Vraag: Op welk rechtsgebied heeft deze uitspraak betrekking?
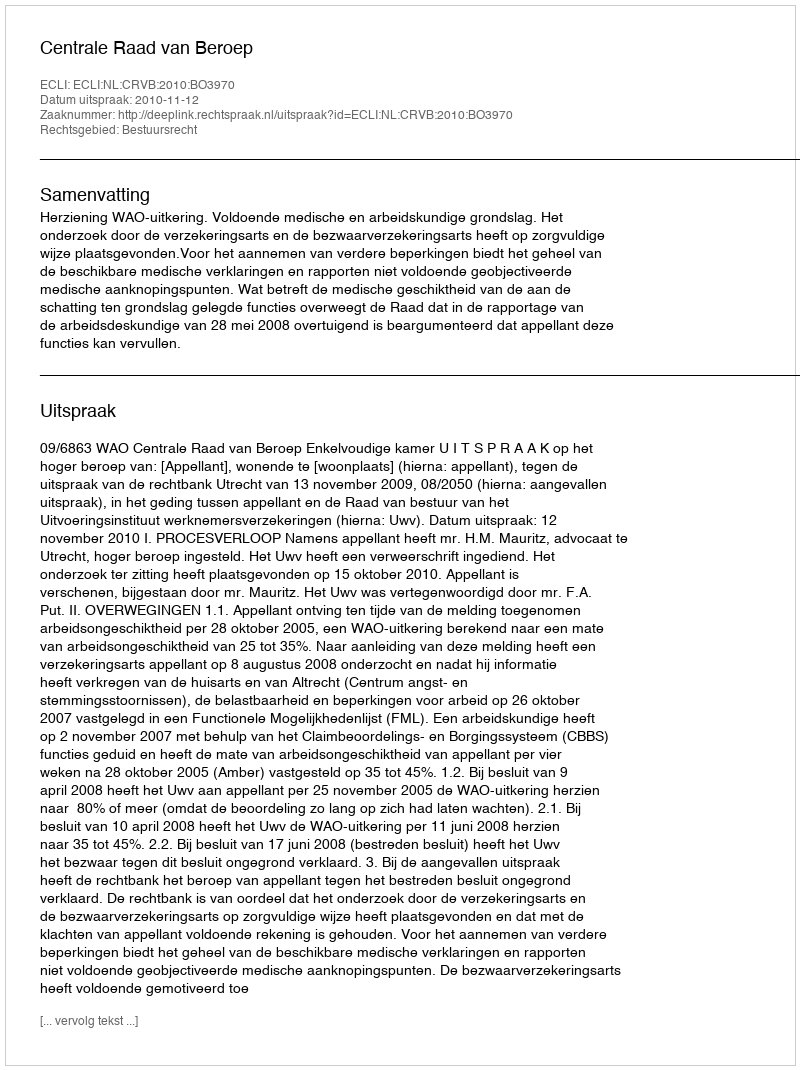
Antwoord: Bestuursrecht